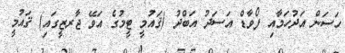
ހަސަން އަދުހަމާއި ފޯވާޑް އަސަދު އަބްދު (ޤައުމީ ޓީމުގެ އަވޭ ޖާރޒީގައި) ޤައުމީ